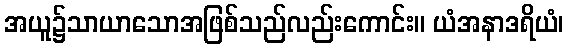
အယူ၌သာယာသောအဖြစ်သည်လည်းကောင်း။ ယံအနာဒရိယံ၊